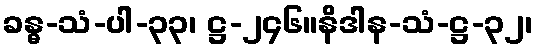
ခန္ဓ-သံ-ပါ-၃၃၊ ဋ္ဌ-၂၄၆။နိဒါန-သံ-ဋ္ဌ-၃၂၊